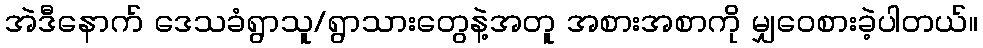
အဲဒီနောက် ဒေသခံရွာသူ/ရွာသားတွေနဲ့အတူ အစားအစာကို မျှဝေစားခဲ့ပါတယ်။